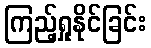
ကြည့်ရှုနိုင်ခြင်း